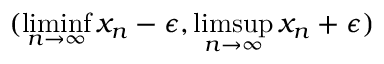
( \operatorname* { l i m i n f } _ { n \to \infty } x _ { n } - \epsilon , \operatorname* { l i m s u p } _ { n \to \infty } x _ { n } + \epsilon )